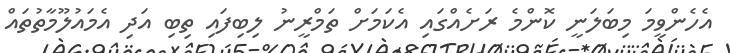
އެހެންވީމަ މިބަލަނީ ކޮންމެ ރަށެއްގައި އެކަމަށް ތަމްރީނު ލިބިފައި ތިބި އަދި އެމައުލޫމާތުތައް